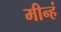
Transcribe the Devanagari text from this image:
मीन्हं